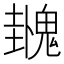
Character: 𫙌